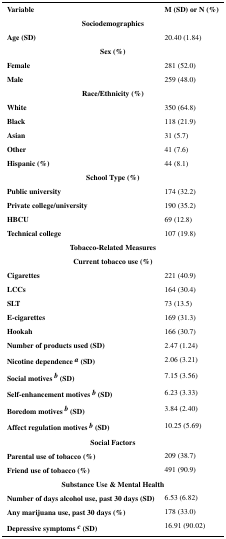
<table><thead><tr><td><b>Variable</b></td><td><b>M (SD) or N (%)</b></td></tr></thead><tbody><tr><td colspan="2"><b>Sociodemographics</b></td></tr><tr><td><b>Age (SD)</b></td><td>20.40 (1.84)</td></tr><tr><td colspan="2"><b>Sex (%)</b></td></tr><tr><td><b>Female</b></td><td>281 (52.0)</td></tr><tr><td><b>Male</b></td><td>259 (48.0)</td></tr><tr><td colspan="2"><b>Race/Ethnicity (%)</b></td></tr><tr><td><b>White</b></td><td>350 (64.8)</td></tr><tr><td><b>Black</b></td><td>118 (21.9)</td></tr><tr><td><b>Asian</b></td><td>31 (5.7)</td></tr><tr><td><b>Other</b></td><td>41 (7.6)</td></tr><tr><td><b>Hispanic (%)</b></td><td>44 (8.1)</td></tr><tr><td colspan="2"><b>School Type (%)</b></td></tr><tr><td><b>Public university</b></td><td>174 (32.2)</td></tr><tr><td><b>Private college/university</b></td><td>190 (35.2)</td></tr><tr><td><b>HBCU</b></td><td>69 (12.8)</td></tr><tr><td><b>Technical college</b></td><td>107 (19.8)</td></tr><tr><td colspan="2"><b>Tobacco-Related Measures</b></td></tr><tr><td colspan="2"><b>Current tobacco use (%)</b></td></tr><tr><td><b>Cigarettes</b></td><td>221 (40.9)</td></tr><tr><td><b>LCCs</b></td><td>164 (30.4)</td></tr><tr><td><b>SLT</b></td><td>73 (13.5)</td></tr><tr><td><b>E-cigarettes</b></td><td>169 (31.3)</td></tr><tr><td><b>Hookah</b></td><td>166 (30.7)</td></tr><tr><td><b>Number of products used (SD)</b></td><td>2.47 (1.24)</td></tr><tr><td><b>Nicotine dependence a (SD)</b></td><td>2.06 (3.21)</td></tr><tr><td><b>Social motives b (SD)</b></td><td>7.15 (3.56)</td></tr><tr><td><b>Self-enhancement motives b (SD)</b></td><td>6.23 (3.33)</td></tr><tr><td><b>Boredom motives b (SD)</b></td><td>3.84 (2.40)</td></tr><tr><td><b>Affect regulation motives b (SD)</b></td><td>10.25 (5.69)</td></tr><tr><td colspan="2"><b>Social Factors</b></td></tr><tr><td><b>Parental use of tobacco (%)</b></td><td>209 (38.7)</td></tr><tr><td><b>Friend use of tobacco (%)</b></td><td>491 (90.9)</td></tr><tr><td colspan="2"><b>Substance Use &amp; Mental Health</b></td></tr><tr><td><b>Number of days alcohol use, past 30 days (SD)</b></td><td>6.53 (6.82)</td></tr><tr><td><b>Any marijuana use, past 30 days (%)</b></td><td>178 (33.0)</td></tr><tr><td><b>Depressive symptoms c (SD)</b></td><td>16.91 (90.02)</td></tr></tbody></table>